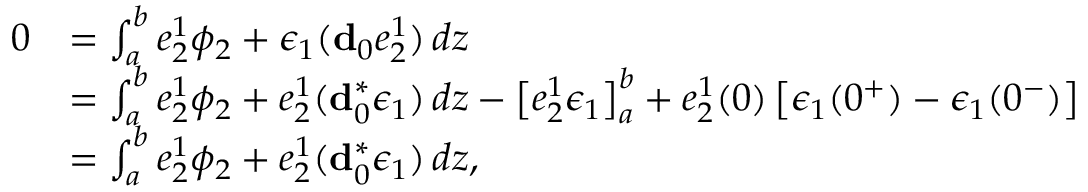
\begin{array} { r l } { 0 } & { = \int _ { a } ^ { b } e _ { 2 } ^ { 1 } \phi _ { 2 } + \epsilon _ { 1 } ( \mathbf { d } _ { 0 } e _ { 2 } ^ { 1 } ) \, d z } \\ & { = \int _ { a } ^ { b } e _ { 2 } ^ { 1 } \phi _ { 2 } + e _ { 2 } ^ { 1 } ( \mathbf { d } _ { 0 } ^ { \ast } \epsilon _ { 1 } ) \, d z - \big [ e _ { 2 } ^ { 1 } \epsilon _ { 1 } \big ] _ { a } ^ { b } + e _ { 2 } ^ { 1 } ( 0 ) \left[ \epsilon _ { 1 } ( 0 ^ { + } ) - \epsilon _ { 1 } ( 0 ^ { - } ) \right] } \\ & { = \int _ { a } ^ { b } e _ { 2 } ^ { 1 } \phi _ { 2 } + e _ { 2 } ^ { 1 } ( \mathbf { d } _ { 0 } ^ { \ast } \epsilon _ { 1 } ) \, d z , } \end{array}